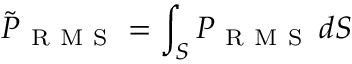
\tilde { P } _ { \mathrm { ~ R ~ M ~ S ~ } } = \int _ { S } P _ { \mathrm { ~ R ~ M ~ S ~ } } \, d S